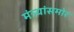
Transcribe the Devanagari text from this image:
मंत्र्यांसमोर